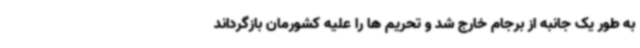
به طور یک جانبه از برجام خارج شد و تحریم ها را علیه کشورمان بازگرداند